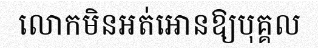
លោកមិនអត់អោនឱ្យបុគ្គល